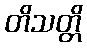
တိသတ္တိ